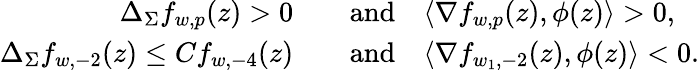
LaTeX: \begin{array}{rl}{\Delta_{\Sigma}f_{w,p}(z)>0}&{\quad\mathrm{and}\quad\langle\nabla f_{w,p}(z),\phi(z)\rangle>0,}\\ {\Delta_{\Sigma}f_{w,-2}(z)\leq Cf_{w,-4}(z)}&{\quad\mathrm{and}\quad\langle\nabla f_{w_{1},-2}(z),\phi(z)\rangle<0.}\end{array}